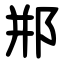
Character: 郱